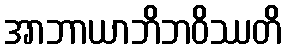
အာဘာယာဘိဘဝိဿတိ